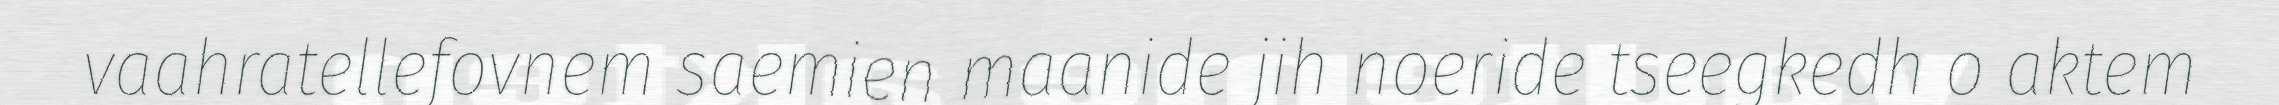
vaahratellefovnem saemien maanide jih noeride tseegkedh o aktem